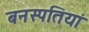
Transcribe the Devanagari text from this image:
बनस्पतियां